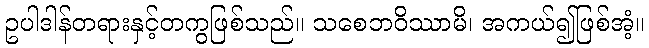
ဥပါဒါန်တရားနှင့်တကွဖြစ်သည်။ သစေဘဝိဿာမိ၊ အကယ်၍ဖြစ်အံ့။